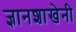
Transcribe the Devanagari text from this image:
ज्ञानशाखेनी